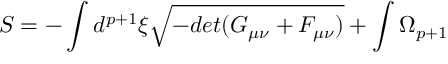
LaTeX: S = - \int d ^ { p + 1 } \xi \sqrt { - d e t ( G _ { \mu \nu } + { \cal F } _ { \mu \nu } ) } + \int \Omega _ { p + 1 }